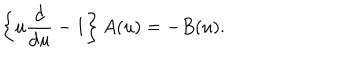
\left\{ u \frac { \mathrm { d } } { \mathrm { d } u } - 1 \right\} A ( u ) = - B ( u ) .